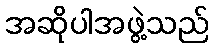
အဆိုပါအဖွဲ့သည်